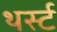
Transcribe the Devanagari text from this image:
थर्स्ट